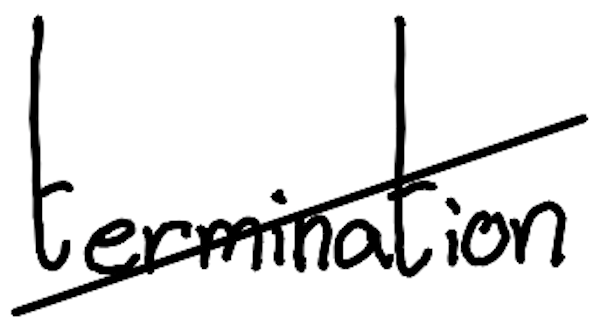
Text: termination
Cross-out: diagonal
Writing tool: digital_black